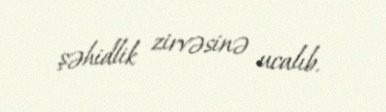
şəhidlik zirvəsinə ucalıb.